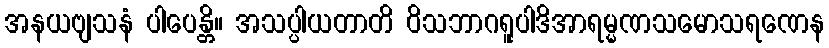
အနယဗျသနံ ပါပေန္တိ။ အသပ္ပါယတာတိ ဝိသဘာဂရူပါဒိအာရမ္မဏသမောသရဏေန